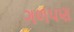
ગળપણ